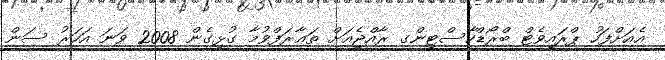
އެއަށްފަހު ޕްރައިވެޓް ބްރޯޑްކާސްޓިންގ ރާއްޖެއަށް ތަޢާރަފްވުމާ ގުޅިގެން 2008 ވަނަ އަހަރު ސަން